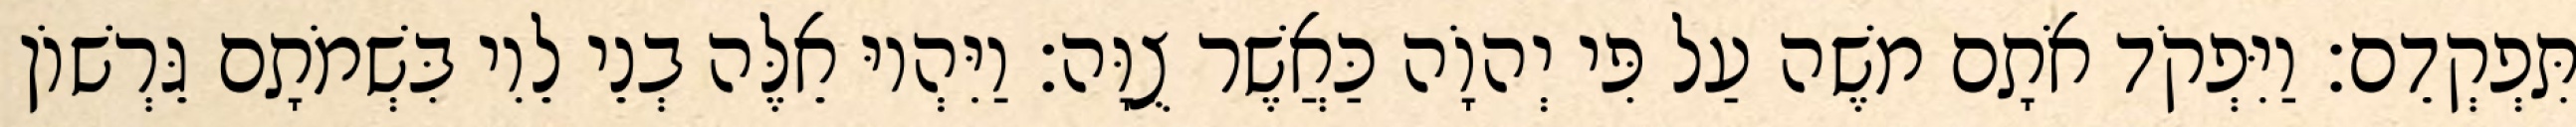
תִּפְקְדֵם׃ וַיִּפְקֹד אֹתָם משֶׁה עַל פִּי יְהוָֹה כַּאֲשֶׁר צֻוָּה׃ וַיִּהְיוּ אֵלֶּה בְנֵי לֵוִי בִּשְׁמֹתָם גֵּרְשׁוֹן